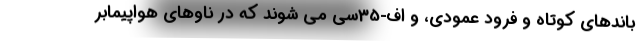
باندهای کوتاه و فرود عمودی، و اف-35سی می شوند که در ناوهای هواپیمابر